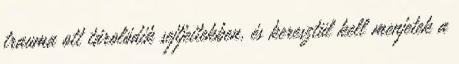
trauma ott tárolódik sejtjeitekben, és keresztül kell menjetek a